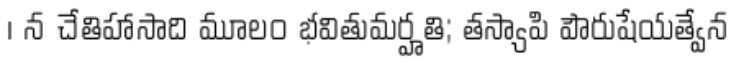
। న చేతిహాసాది మూలం భవితుమర్హతి; తస్యాపి పౌరుషేయత్వేన